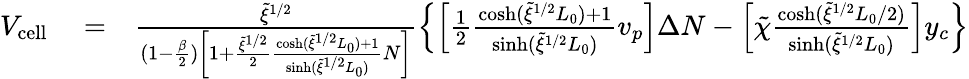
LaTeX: \begin{array}{rlr}{V_{\mathrm{cell}}}&{{}=}&{\frac{\tilde{\xi}^{1/2}}{(1-\frac{\beta}{2})\left[1+\frac{\tilde{\xi}^{1/2}}{2}\frac{\cosh(\tilde{\xi}^{1/2}L_{0})+1}{\sinh(\tilde{\xi}^{1/2}L_{0})}N\right]}\left\{ \left[\frac{1}{2}\frac{\cosh(\tilde{\xi}^{1/2}L_{0})+1}{\sinh(\tilde{\xi}^{1/2}L_{0})}v_{p}\right]\Delta N-\left[\tilde{\chi}\frac{\cosh(\tilde{\xi}^{1/2}L_{0}/2)}{\sinh(\tilde{\xi}^{1/2}L_{0})}\right]y_{c}\right\} }\end{array}